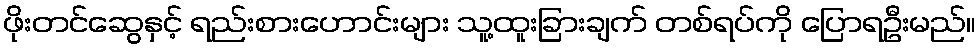
ဖိုးတင်ဆွေနှင့် ရည်းစားဟောင်းများ သူ့ထူးခြားချက် တစ်ရပ်ကို ပြောရဦးမည်။